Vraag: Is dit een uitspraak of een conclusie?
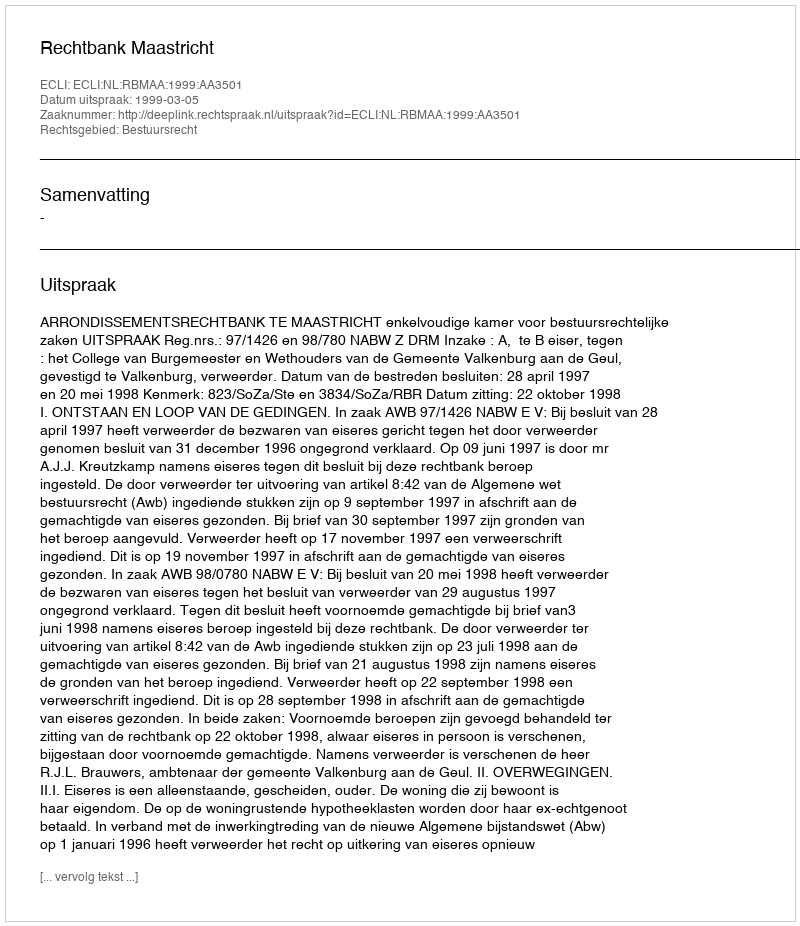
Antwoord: Uitspraak